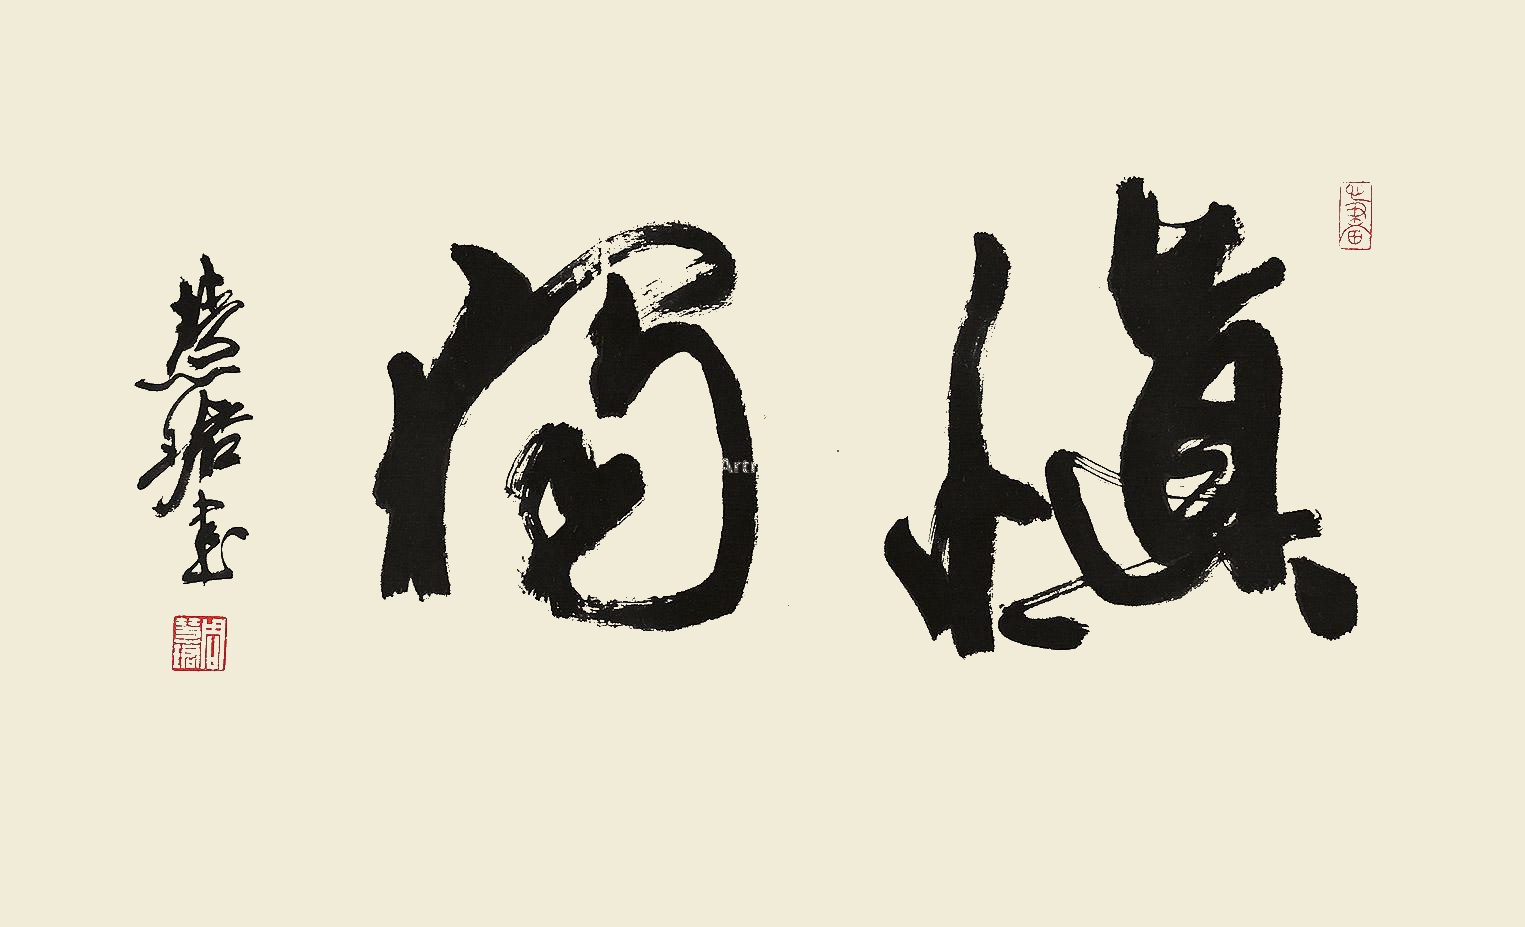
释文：慎独慧珺书。